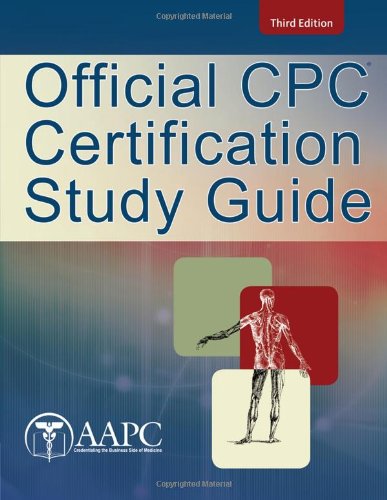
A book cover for Official CPC Certification Study Guide; American Academy of Professional Coders; Business & Money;